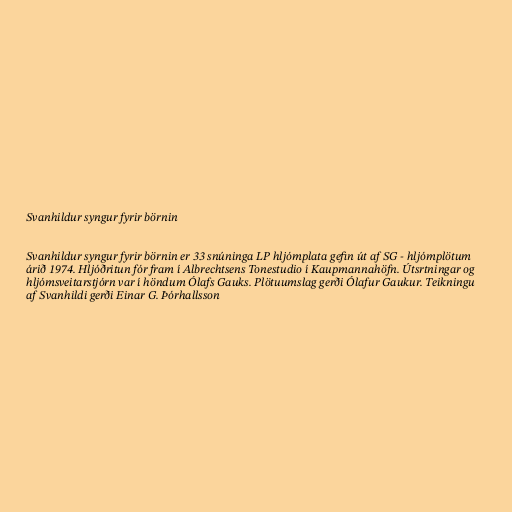
Svanhildur syngur fyrir börnin

Svanhildur syngur fyrir börnin er 33 snúninga LP hljómplata gefin út af SG - hljómplötum
árið 1974. Hljóðritun fór fram í Albrechtsens Tonestudio í Kaupmannahöfn. Útsrtningar og
hljómsveitarstjórn var í höndum Ólafs Gauks. Plötuumslag gerði Ólafur Gaukur. Teikningu
af Svanhildi gerði Einar G. Þórhallsson